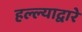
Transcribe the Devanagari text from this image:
हल्ल्याद्वारे